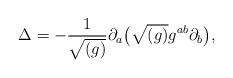
LaTeX: \begin{align*}\Delta = - \frac{1}{\sqrt{(g)}} \partial _{a} \bigl( \sqrt{(g)} g^{ab} \partial _{b} \bigr),\end{align*}